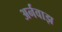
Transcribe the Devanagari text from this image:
अर्नवाझ